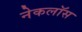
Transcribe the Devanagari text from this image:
नेकलॉस